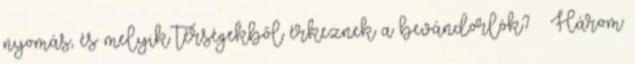
nyomás, és melyik térségekből érkeznek a bevándorlók? – Három